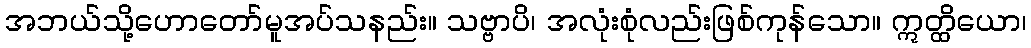
အဘယ်သို့ဟောတော်မူအပ်သနည်း။ သဗ္ဗာပိ၊ အလုံးစုံလည်းဖြစ်ကုန်သော။ ဣတ္ထိယော၊